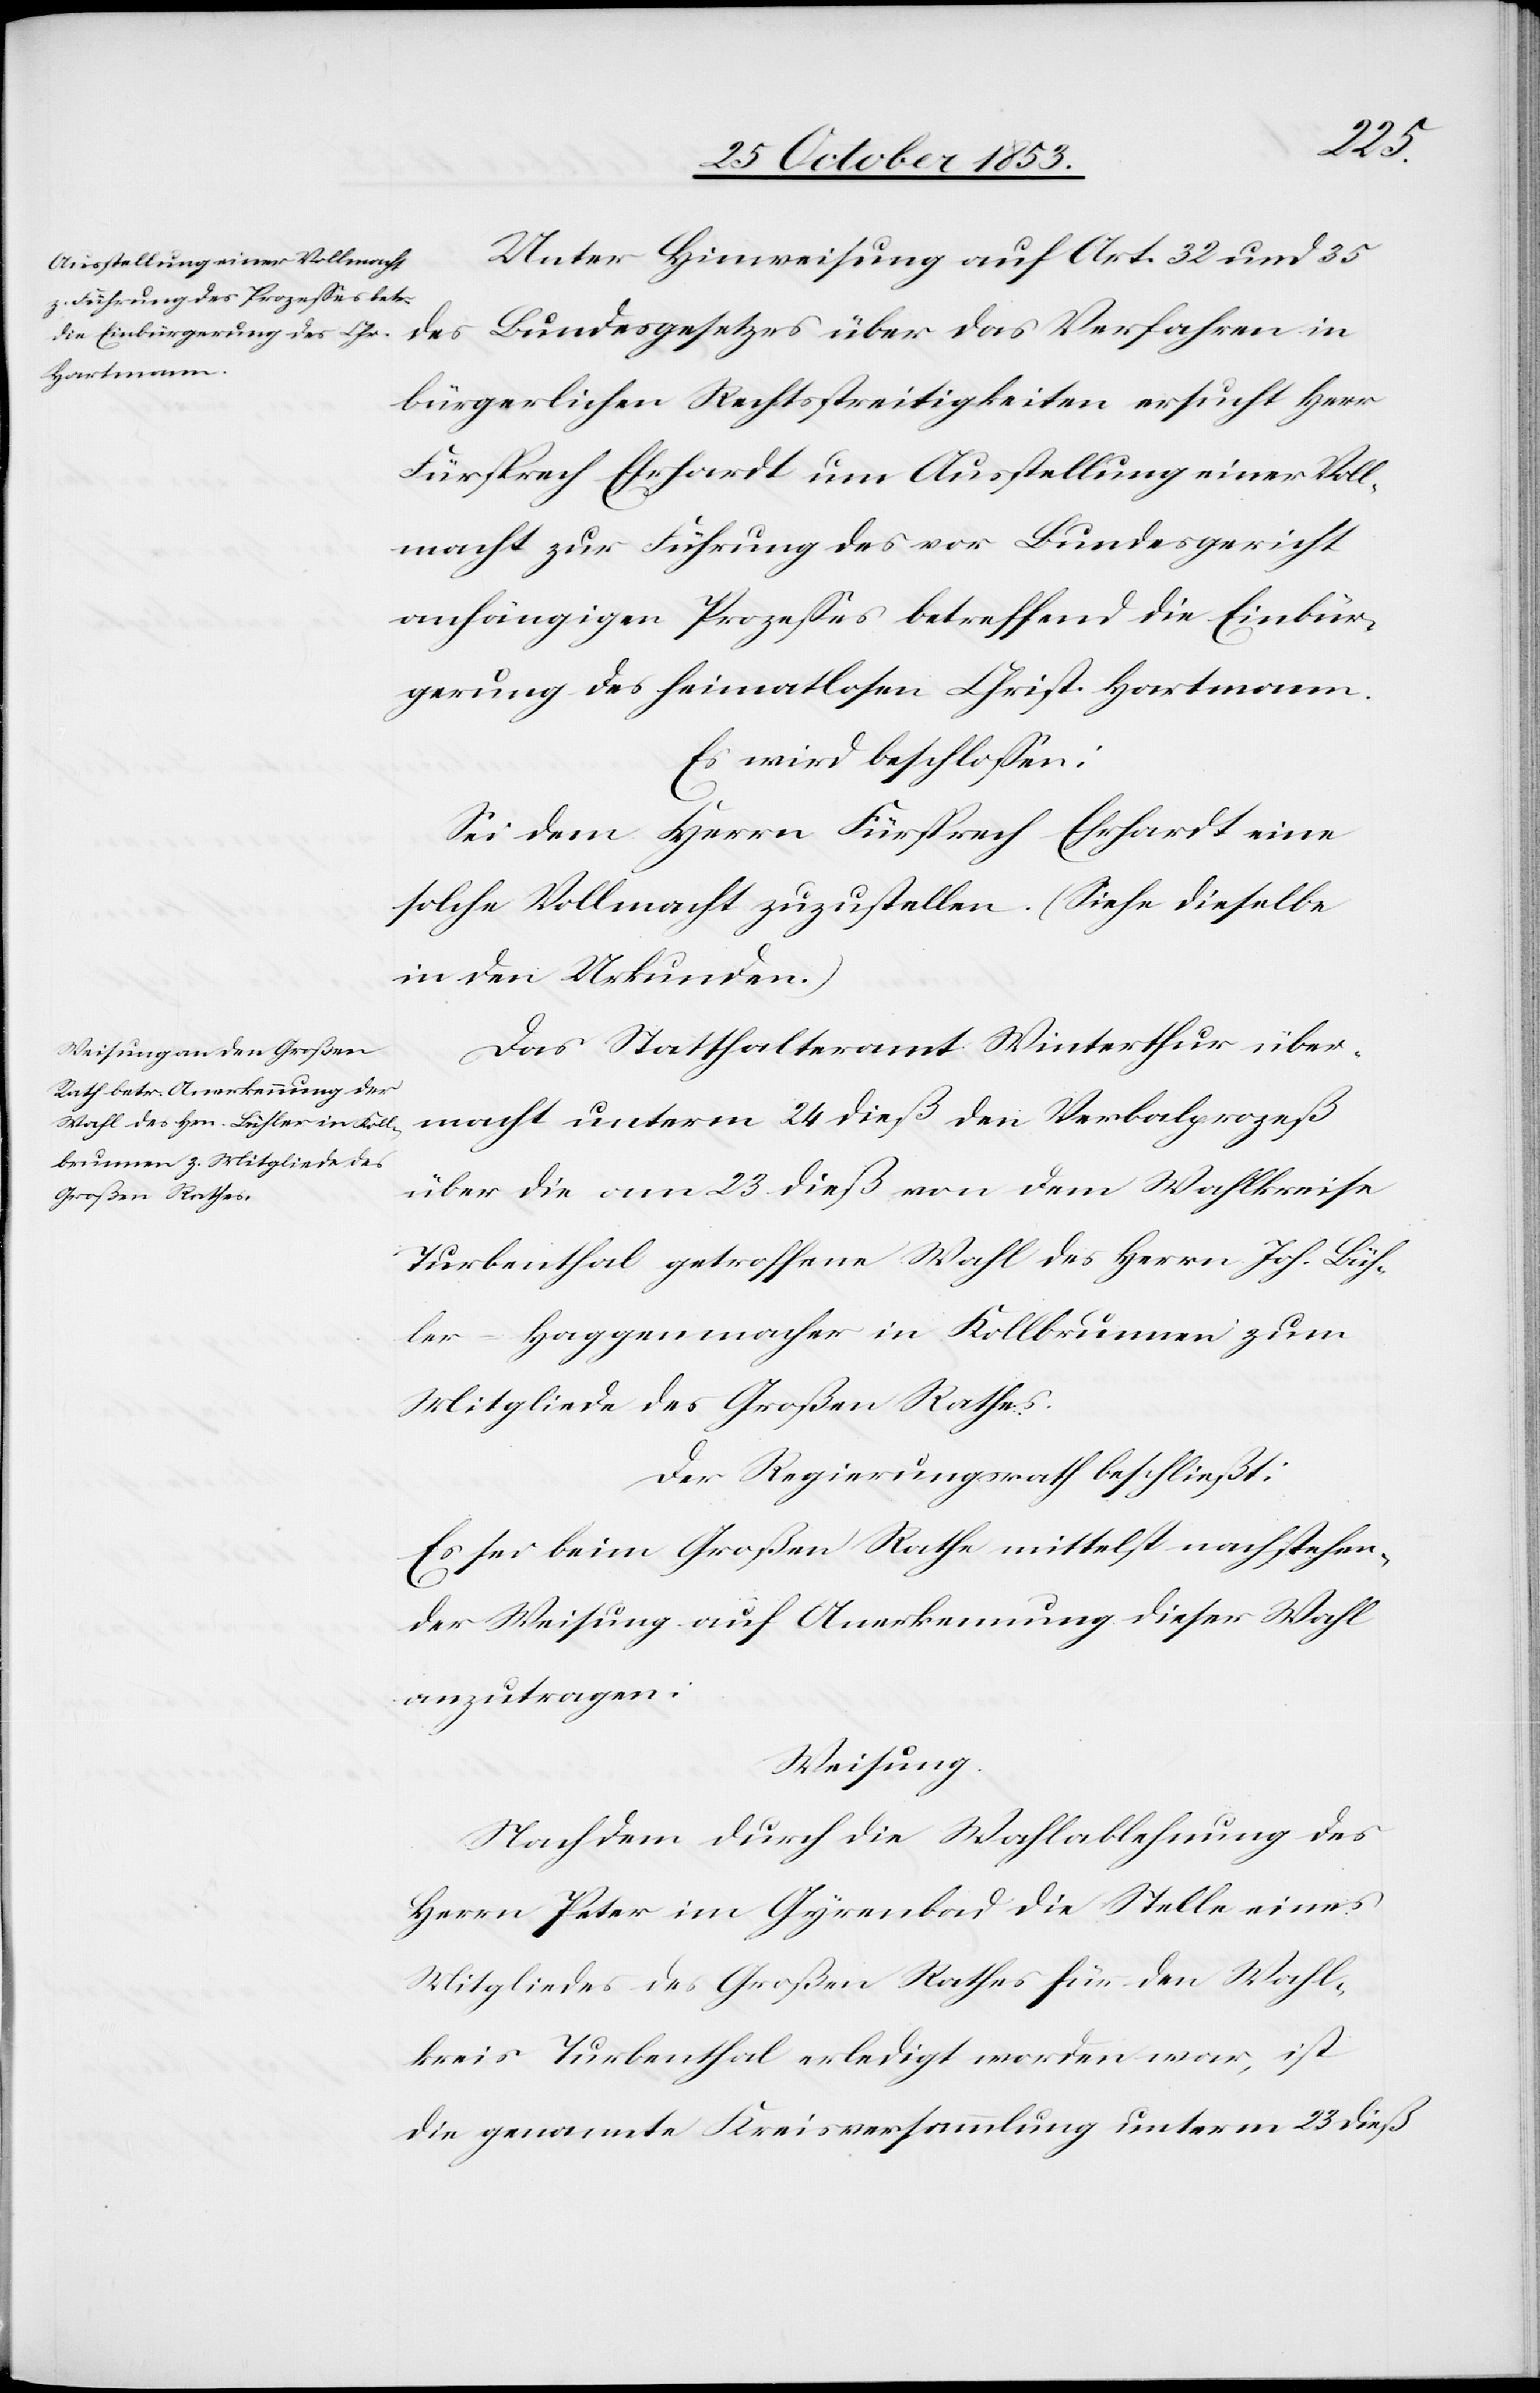
das
Unter Hinweisung auf Art. 32 und 35
bürgerlichen Rechtsstreitigkeiten ersucht Herr
Fürsprech Ehrhardt um Ausstellung einer Voll¬
macht zur Führung des vor Bundesgericht
anhängigen Prozeßes betreffend die Einbür¬
gerung des Heimatlosen Christ. Hartmann.
Es wird beschloßen:
Sei dem Herrn Fürsprech Ehrhardt eine
solche Vollmacht zuzustellen. (Siehe dieselbe
in den Urkunden.)
Das Statthalteramt Winterthur über¬
macht unterm 24 dieß den Verbalprozeß
über die am 23 dieß von dem Wahlkreise
Turbenthal getroffene Wahl des Herrn Joh. Büh¬
ler-Haggenmacher in Kollbrunnen zum
Mitgliede des Großen Rathes.
Der Regierungsrath beschließt:
Es sei beim Großen Rathe mittelst nachstehen¬
der Weisung auf Anerkennung dieser Wahl
anzutragen:
Weisung.
Nach dem durch die Wahlablehnung des
Herrn Peter im Gyrenbad die Stelle eines
Mitgliedes des Großen Rathes für den Wahl¬
kreis Turbenthal erledigt worden war, ist
die genannte Kreisversammlung unterm 23 dieß